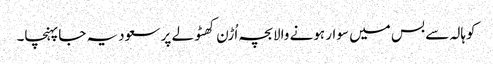
کوہالہ سے بس میں سوار ہونے والابچہ اُڑن کھٹولے پر سعودیہ جاپہنچا۔